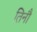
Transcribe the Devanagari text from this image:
तिनौ